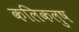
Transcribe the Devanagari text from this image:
कलिकलुष